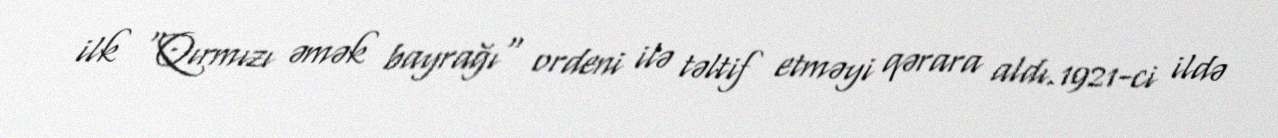
ilk "Qırmızı əmək bayrağı" ordeni ilə təltif etməyi qərara aldı.1921-ci ildə